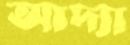
আদ্যা